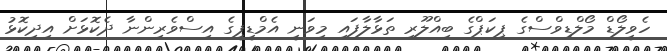
ހެވީލޯޑް މޯލްޑިވްސްގެ ޕިކަޕްގެ ބިއްލޫރި ތަޅާލާފައި މިވަނީ އެމްޑީޕީގެ އިސްވެރިންނާ ދެކޮޅަށް އިދިކޮޅު